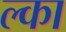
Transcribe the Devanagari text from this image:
ल्का